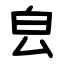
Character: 㿝